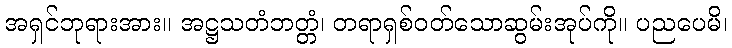
အရှင်ဘုရားအား။ အဋ္ဌသတံဘတ္တံ၊ တရာရှစ်ဝတ်သောဆွမ်းအုပ်ကို။ ပညပေမိ၊